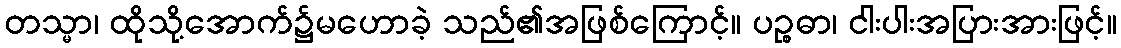
တသ္မာ၊ ထိုသို့အောက်၌မဟောခဲ့ သည်၏အဖြစ်ကြောင့်။ ပဉ္စဓာ၊ ငါးပါးအပြားအားဖြင့်။